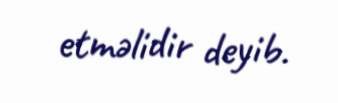
etməlidir deyib.